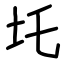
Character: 圫